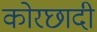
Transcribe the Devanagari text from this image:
कोरछादी